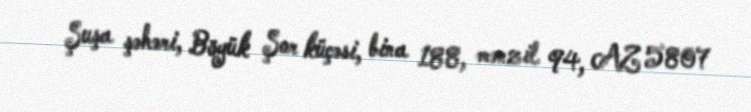
Şuşa şəhəri, Böyük Şor küçəsi, bina 188, mənzil 94, AZ 5807